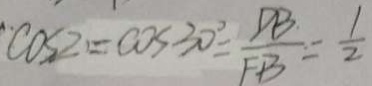
\cos 2 = \cos 3 0 ^ { \circ } = \frac { D B } { F B } = \frac { 1 } { 2 }